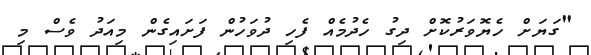
"ގަޔަށް ހެޔޮވަރުކޮށް ދިގު ހެދުމެއް ފެހި ދުވަހުން ފަށައިގެން މިއަދު ވެސް މި